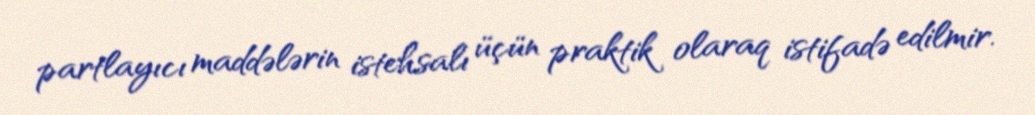
partlayıcı maddələrin istehsalı üçün praktik olaraq istifadə edilmir.